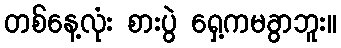
တစ်နေ့လုံး စားပွဲ ရှေ့ကမခွာဘူး။